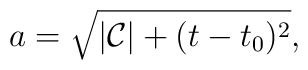
a  = \sqrt{|\mathcal{C}|+(t-t_0)^2},